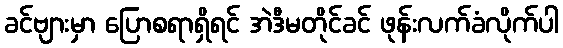
ခင်ဗျားမှာ ပြောစရာရှိရင် အဲဒီမတိုင်ခင် ဖုန်းလက်ခံလိုက်ပါ